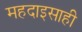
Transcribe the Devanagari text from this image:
महदाइसाही